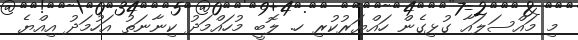
މި މައްސަލައާ ގުޅިގެން ހައްޔަރުކުރި ހ. ލޮބީ މުހައްމަދު ކިނާނަތު އަހުމަދު އިއްޔެ